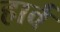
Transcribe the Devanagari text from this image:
हार्व